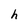
Character: h